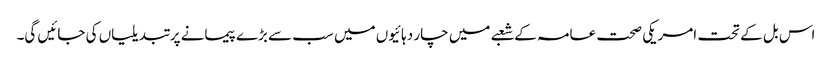
اس بل کے تحت امریکی صحت عامہ کے شعبے میں چار دہائیوں میں سب سے بڑے پیمانے پر تبدیلیاں کی جائیں گی۔